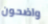
واضحون